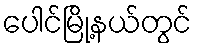
ပေါင်မြို့နယ်တွင်